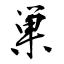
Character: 巣